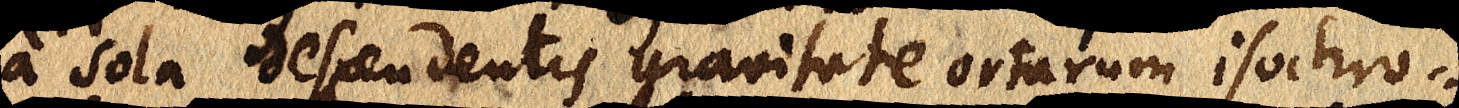
a sola descendentis gravitate ortarum isochro-